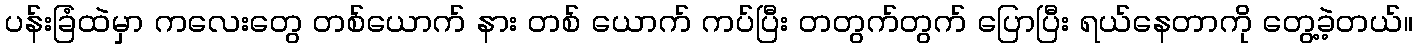
ပန်းခြံထဲမှာ ကလေးတွေ တစ်ယောက် နား တစ် ယောက် ကပ်ပြီး တတွက်တွက် ပြောပြီး ရယ်နေတာကို တွေ့ခဲ့တယ်။